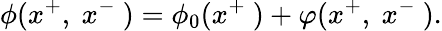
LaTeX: \phi(x^{+},~x^{-}~)=\phi_{0}(x^{+}~)+\varphi(x^{+},~x^{-}~).